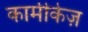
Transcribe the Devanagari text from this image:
कामीकेज़